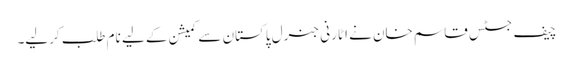
چیف جسٹس قاسم خان نے اٹارنی جنرل پاکستان سے کمیشن کے لیے نام طلب کرلیے۔